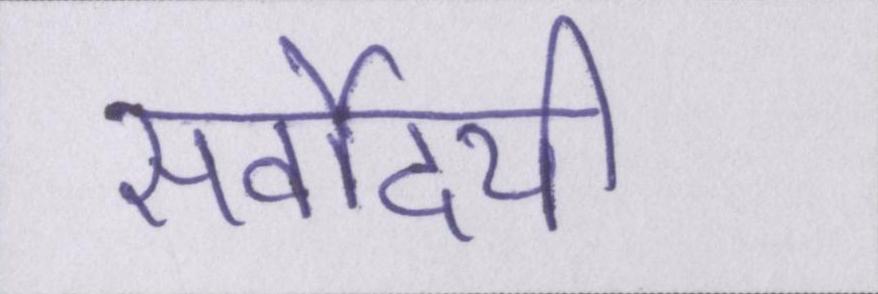
सर्वोदयी